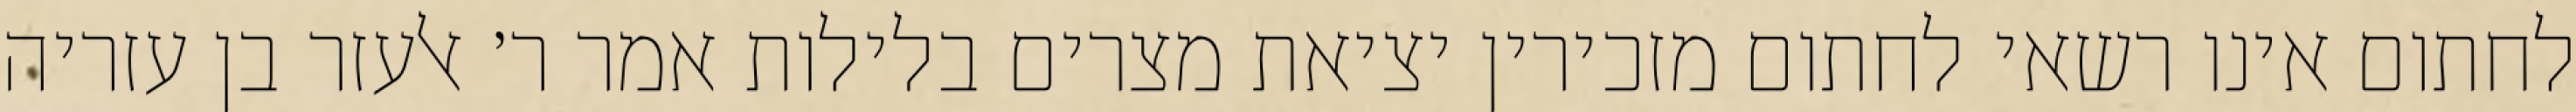
לחתום אינו רשאי לחתום מזכירין יציאת מצרים בלילות אמר ר׳ אלעזר בן עזריה